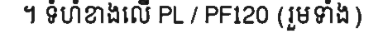
។ ទំហំខាងលើ PL / PF120 (រួមទាំង)